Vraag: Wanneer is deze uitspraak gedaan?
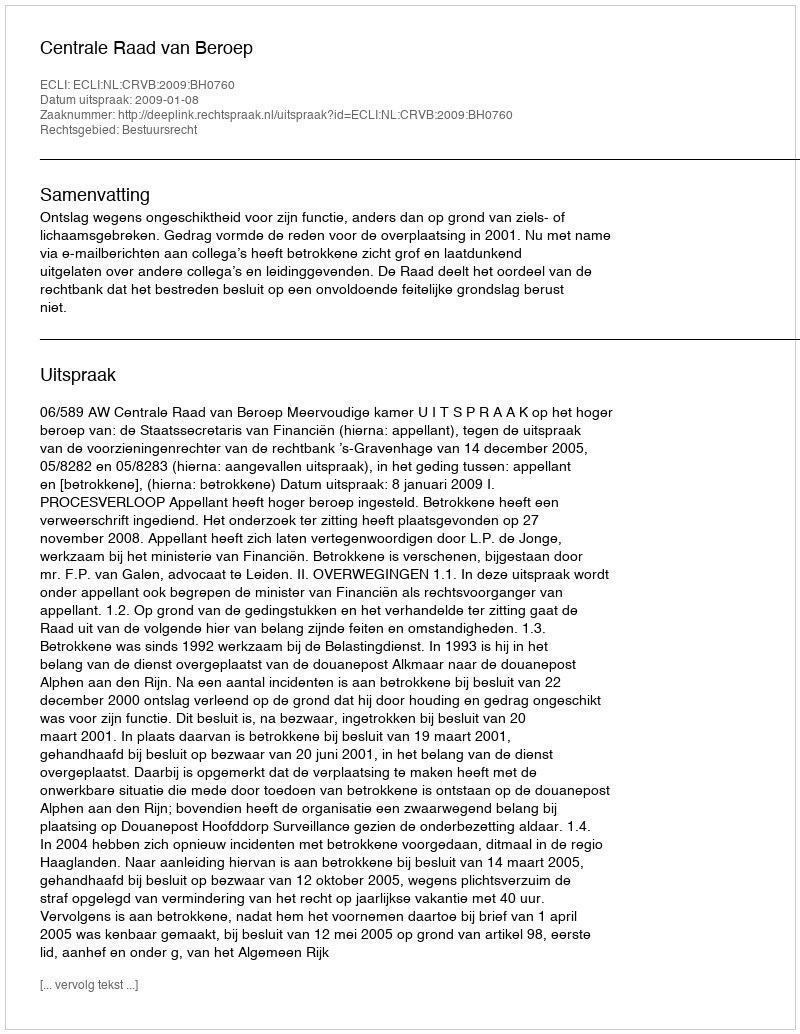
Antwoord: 2009-01-08